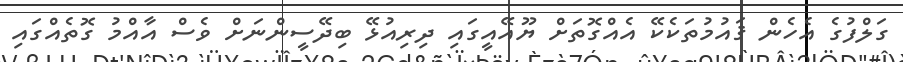
ގަލްފުގެ އެހެން ޤައުމުތަކެކޭ އެއްގޮތަށް ޔޫއޭއީގައި ދިރިއުޅޭ ބިދޭސީންނަށް ވެސް އާއްމު ގޮތެއްގައި